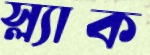
স্ল্যাক